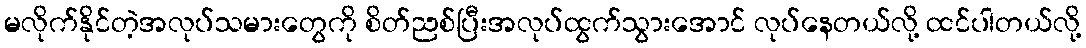
မလိုက်နိုင်တဲ့အလုပ်သမားတွေကို စိတ်ညစ်ပြီးအလုပ်ထွက်သွားအောင် လုပ်နေတယ်လို့ ထင်ပါတယ်လို့